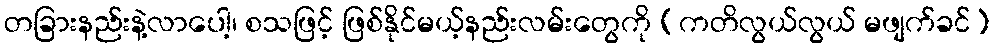
တခြားနည်းနဲ့လာပေါ့၊ စသဖြင့် ဖြစ်နိုင်မယ့်နည်းလမ်းတွေကို (ကတိလွယ်လွယ် မဖျက်ခင်)